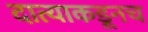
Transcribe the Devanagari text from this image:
दात्याकडूनच